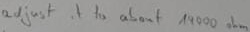
Text: adjust it to about 19000Ω